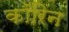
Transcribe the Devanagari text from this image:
कॉरिन